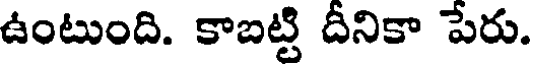
ఉంటుంది. కాబట్టి దీనికా పేరు.